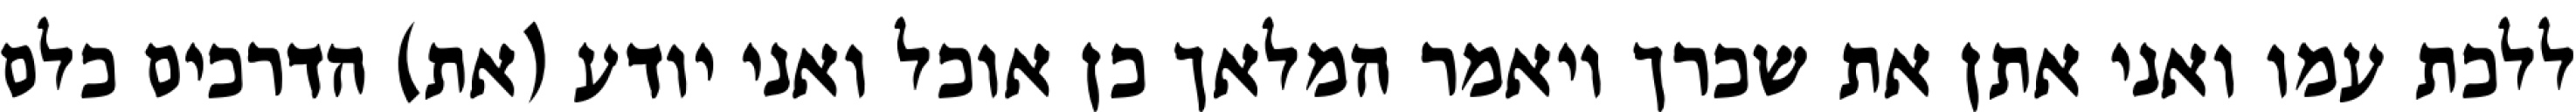
ללכת עמו ואני אתן את שכרך ויאמר המלאך כן אוכל ואני יודע (את) הדרכים כלם